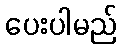
ပေးပါမည်